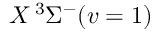
X \, { } ^ { 3 } \Sigma ^ { - } ( v = 1 )